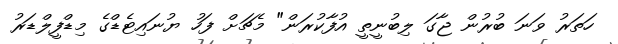
ހަތަރު ވަނަ ބުރުން ޖާގަ ލިބުނީތީ އުފާކުރަން" މެޗަށް ފަހު ޔުނައިޓެޑްގެ މިޑްފީލްޑަރު